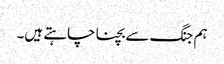
ہم جنگ سے بچنا چاہتے ہیں۔